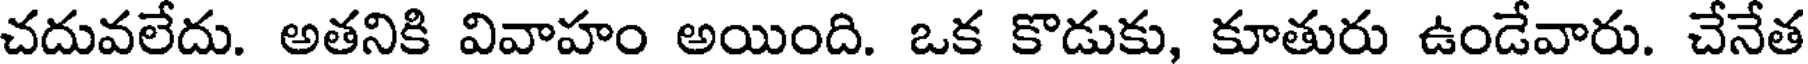
చదువలేదు. అతనికి వివాహం అయింది. ఒక కొడుకు, కూతురు ఉండేవారు. చేనేత